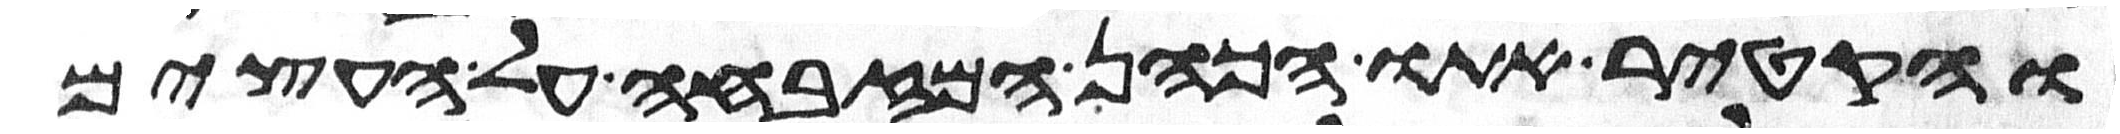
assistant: והקטיר אתו הכהן המזבחה על העצים